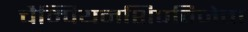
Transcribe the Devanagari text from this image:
चैम्पियनशिपविजेता